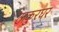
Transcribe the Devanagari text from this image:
ठाकुरघर